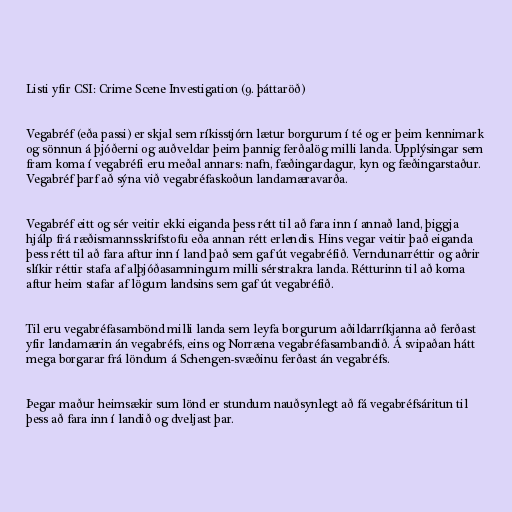
Listi yfir CSI: Crime Scene Investigation (9. þáttaröð)

Vegabréf (eða passi) er skjal sem ríkisstjórn lætur borgurum í té og er þeim kennimark
og sönnun á þjóðerni og auðveldar þeim þannig ferðalög milli landa. Upplýsingar sem
fram koma í vegabréfi eru meðal annars: nafn, fæðingardagur, kyn og fæðingarstaður.
Vegabréf þarf að sýna við vegabréfaskoðun landamæravarða.

Vegabréf eitt og sér veitir ekki eiganda þess rétt til að fara inn í annað land, þiggja
hjálp frá ræðismannsskrifstofu eða annan rétt erlendis. Hins vegar veitir það eiganda
þess rétt til að fara aftur inn í land það sem gaf út vegabréfið. Verndunarréttir og aðrir
slíkir réttir stafa af alþjóðasamningum milli sérstrakra landa. Rétturinn til að koma
aftur heim stafar af lögum landsins sem gaf út vegabréfið.

Til eru vegabréfasambönd milli landa sem leyfa borgurum aðildarríkjanna að ferðast
yfir landamærin án vegabréfs, eins og Norræna vegabréfasambandið. Á svipaðan hátt
mega borgarar frá löndum á Schengen-svæðinu ferðast án vegabréfs.

Þegar maður heimsækir sum lönd er stundum nauðsynlegt að fá vegabréfsáritun til
þess að fara inn í landið og dveljast þar.